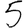
Digit: 5